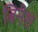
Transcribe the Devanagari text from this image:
बिनेश